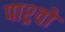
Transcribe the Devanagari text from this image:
पाश्र्वो